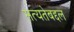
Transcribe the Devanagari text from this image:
सत्यतेबद्दल